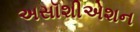
અસૉશીએશન